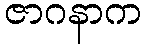
ဇာဂနာက